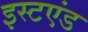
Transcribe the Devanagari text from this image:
इस्टएंड